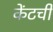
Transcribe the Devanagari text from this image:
केंटची